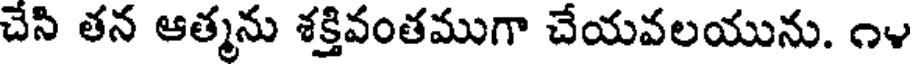
చేసి తన ఆత్మను శక్తివంతముగా చేయవలయును. ౧౪